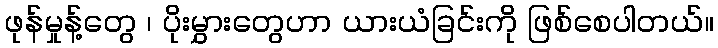
ဖုန်မှုန့်တွေ ၊ ပိုးမွှားတွေဟာ ယားယံခြင်းကို ဖြစ်စေပါတယ်။